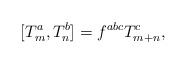
\begin{align*}[T^a_m, T^b_n] = f^{abc} T^c_{m+n}, \end{align*}